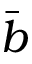
\bar { b }